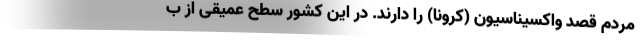
مردم قصد واکسیناسیون (کرونا) را دارند. در این کشور سطح عمیقی از ب